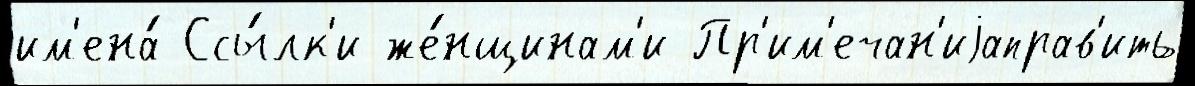
им'ена́ Ссы́лк'и же́нщинам'и Пр'им'ечан'иjаправ'ить